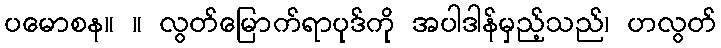
ပမောစန။ ။ လွတ်မြောက်ရာပုဒ်ကို အပါဒါန်မှည့်သည်၊ ဟလွတ်